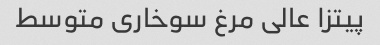
پیتزا عالی مرغ سوخاری متوسط